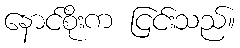
နောင်စိုးက ငြင်းသည်။